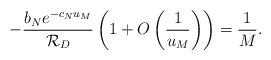
LaTeX: \begin{align*}-\frac{b_Ne^{-c_Nu_M}}{\mathcal{R}_D}\left(1+O\left(\frac{1}{u_M}\right)\right)=\frac{1}{M}.\end{align*}